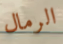
الرمال